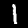
Digit: 1